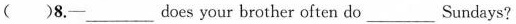
( )8.─___does your brother often do___Sundays?